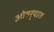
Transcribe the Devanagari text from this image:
ओवर्‍यात